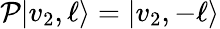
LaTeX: \mathcal{P}|v_{2},\ell\rangle=|v_{2},-\ell\rangle